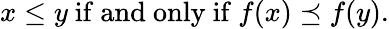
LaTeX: x\leq y{\mathrm{~if~and~only~if~}}f(x)\preceq f(y).